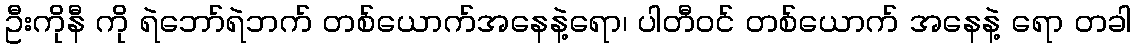
ဦးကိုနီ ကို ရဲဘော်ရဲဘက် တစ်ယောက်အနေနဲ့ရော၊ ပါတီဝင် တစ်ယောက် အနေနဲ့ ရော တခါ